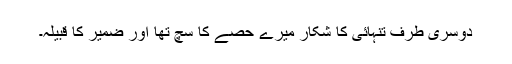
دوسری طرف تنہائی کا شکار میرے حصے کا سچ تھا اور ضمیر کا قبیلہ۔